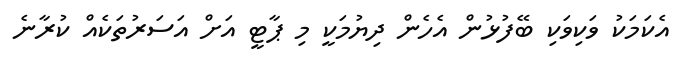
އެކަމަކު ވަކިވަކި ބޭފުޅުން އެހެން ދިޔުމަކީ މި ޕާޓީ އަށް އަސަރުތަކެއް ކުރާނެ